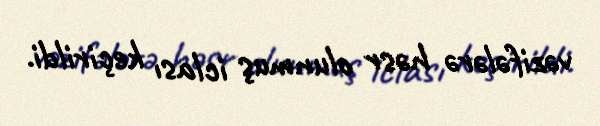
vəzifələrə həsr olunmuş iclası keçirildi.